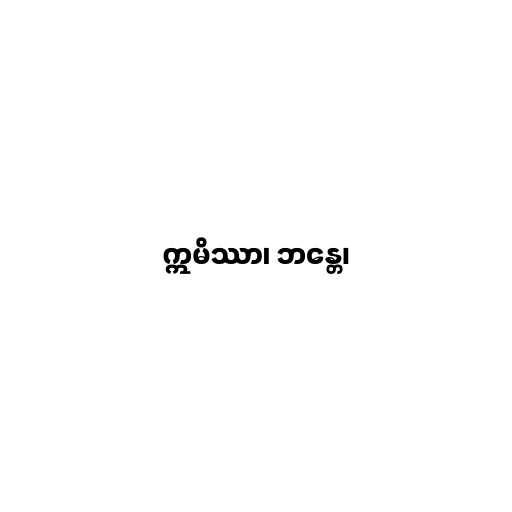
ဣမိဿာ၊ ဘန္တေ၊